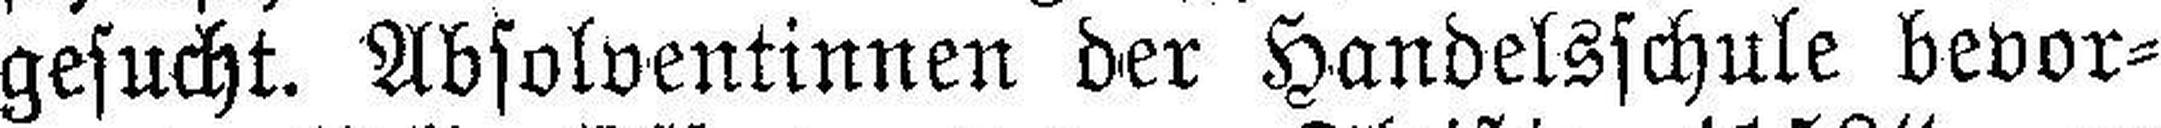
gesucht. Absolventinnen der Handelsschule bevor¬